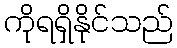
ကိုရရှိနိုင်သည်